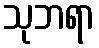
သုဘရာ